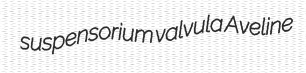
suspensorium valvula Aveline